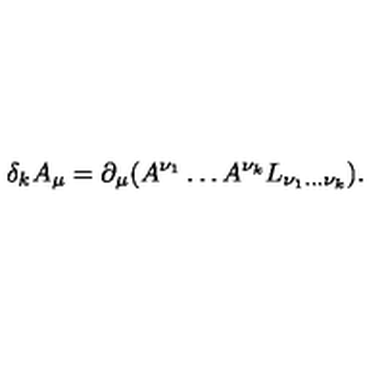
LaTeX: \delta _ { k } A _ { \mu } = \partial _ { \mu } ( A ^ { \nu _ { 1 } } \ldots A ^ { \nu _ { k } } L _ { \nu _ { 1 } \ldots \nu _ { k } } ) .